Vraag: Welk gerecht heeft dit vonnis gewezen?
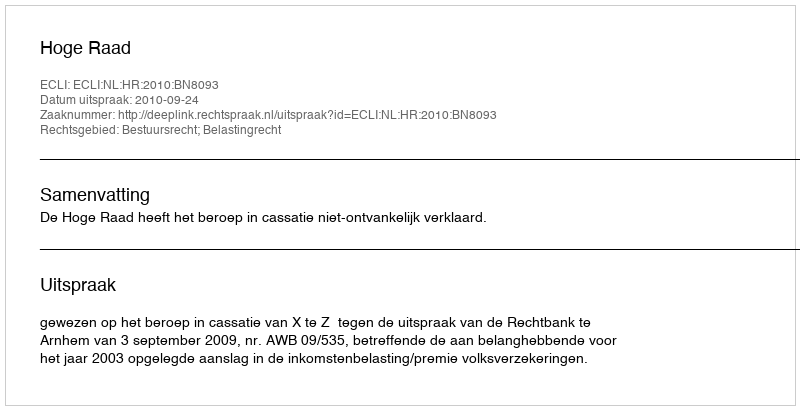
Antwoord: Hoge Raad